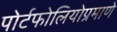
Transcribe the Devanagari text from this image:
पोर्टफोलियोप्रमाणे